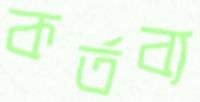
কর্তব্য